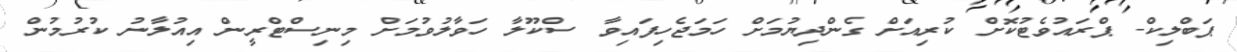
ޕަބްލިކް- ޕްރައުވެޓުކޮށް ކުރިއަށް ގެންދިޔުމަށް ހަމަޖެހިފައިވާ ސްކޫލާ ހަވާލުވުމަށް މިނިސްޓްރީން އިއުލާނު ކުރުމުން